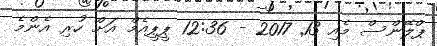
ޕްލޭންސް މެއި 13